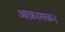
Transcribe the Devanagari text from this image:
आक्रामक।